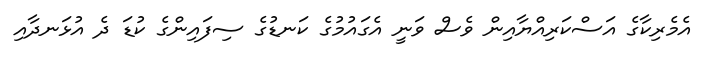
އެމެރިކާގެ އަސްކަރިއްޔާއިން ވެސް ވަނީ އެގައުމުގެ ކަނޑުގެ ސިފައިންގެ ކުޑަ ދެ އުޅަނދާއި